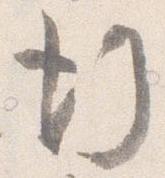
行